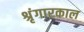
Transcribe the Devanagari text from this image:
श्रृंगारकाल